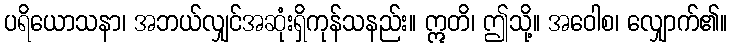
ပရိယောသနာ၊ အဘယ်လျှင်အဆုံးရှိကုန်သနည်း။ ဣတိ၊ ဤသို့။ အဝေါစ၊ လျှောက်၏။